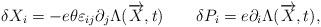
LaTeX: \begin{align*} \delta X_i = - e\theta \varepsilon_{ij} \partial_j \Lambda (\overrightarrow{X},t) \qquad \delta P_i = e \partial_i \Lambda (\overrightarrow{X},t),\end{align*}